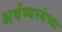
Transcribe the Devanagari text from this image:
अर्थव्यस्थेच्या